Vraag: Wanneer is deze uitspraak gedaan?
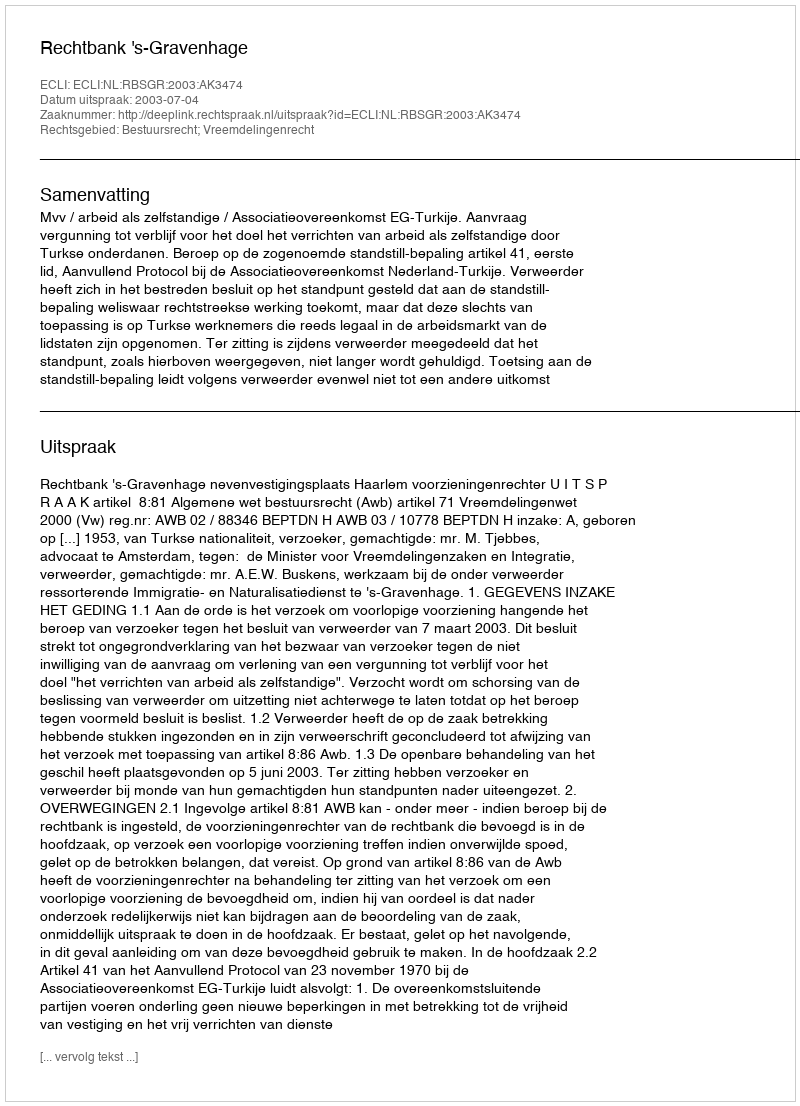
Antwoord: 2003-07-04